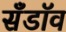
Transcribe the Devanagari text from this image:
सँडॉव